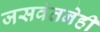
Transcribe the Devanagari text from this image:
जसवंतनेही